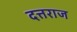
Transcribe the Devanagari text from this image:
दत्तराज